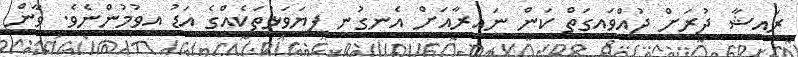
ރައިޝާ ދުރަށް ދުއްވައިގަތް ކަން ނައިރާއަށް އެނގުނީ ފިޔަވަޅުތަކެއްގެ އަޑު އިވުމުންނެވެ. ވާން